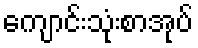
ကျောင်းသုံးစာအုပ်